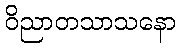
ဝိညာတသာသနော